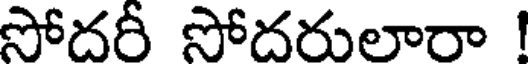
సోదరీ సోదరులారా